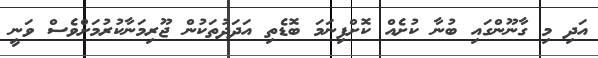
އަދި މި ގާނޫންގައި ބުނާ ކުށެއް ކޮށްފިނަަމަ ބޮޑެތި އަދަދުތަކުން ޖޫރިމަނާކުރުމަށްވެސް ވަނީ